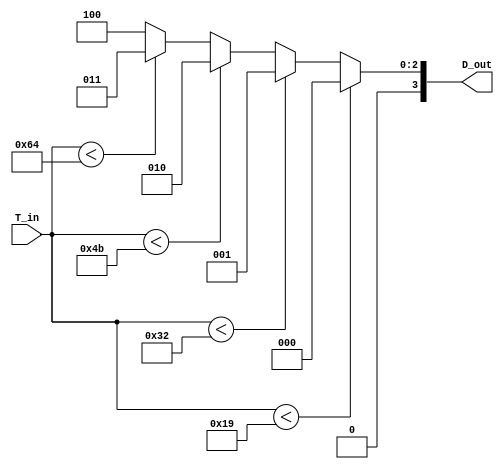
module thermal_encoder (
    input wire [7:0] T_in,       // 8-bit input representing the analog temperature signal (0-255 corresponds to 0C - 100C)
    output reg [3:0] D_out       // 4-bit digital output representing the temperature range
);

    // Define reference voltage levels corresponding to temperature thresholds
    parameter REF1 = 8'd25; // 25C
    parameter REF2 = 8'd50; // 50C
    parameter REF3 = 8'd75; // 75C
    parameter REF4 = 8'd100; // 100C

    always @(*) begin
        // Default output
        D_out = 4'b0000; // Default to 0C range

        // Compare input temperature with reference levels
        if (T_in < REF1) begin
            D_out = 4'b0000; // 0C - 24C
        end else if (T_in < REF2) begin
            D_out = 4'b0001; // 25C - 49C
        end else if (T_in < REF3) begin
            D_out = 4'b0010; // 50C - 74C
        end else if (T_in < REF4) begin
            D_out = 4'b0011; // 75C - 99C
        end else begin
            D_out = 4'b0100; // 100C and above
        end
    end

endmodule